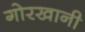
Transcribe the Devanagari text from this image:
गोरखानी